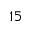
1 5